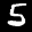
Label: 5